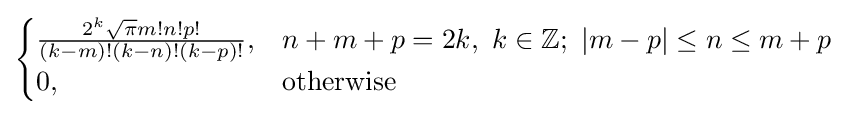
{\begin{cases}{\frac {2^{k}{\sqrt {\pi }}m!n!p!}{(k-m)!(k-n)!(k-p)!}},&n+m+p=2k,\ k\in \mathbb {Z} ;\ |m-p|\leq n\leq m+p\\0,&{\text{otherwise}}\end{cases}}